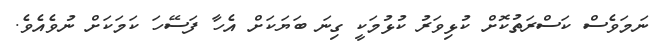
ނަމަވެސް ކަސްރަތުކޮށް ކުޅިވަރު ކުޅުމަކީ ގިނަ ބަޔަކަށް އެހާ ފަސޭހަ ކަމަކަށް ނުވެއެވެ.